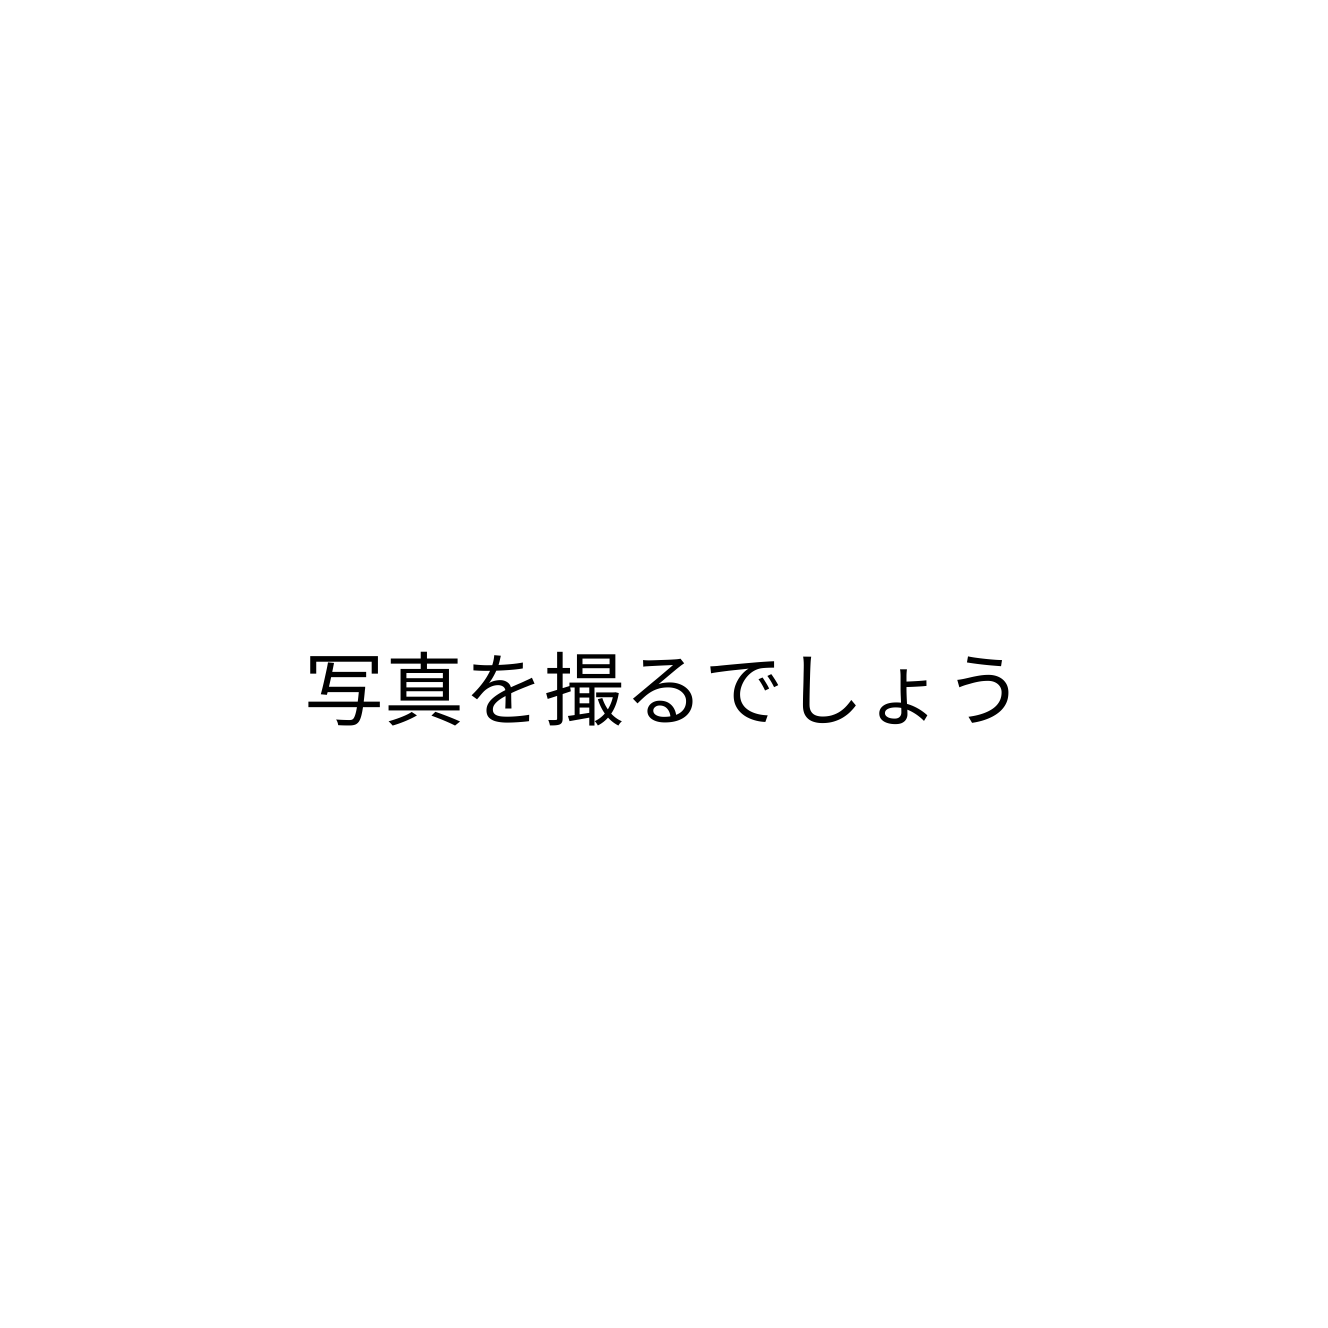
写真を撮るでしょう